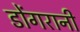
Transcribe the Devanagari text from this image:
डोंगरानी